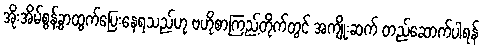
အိုးအိမ်စွန့်ခွာထွက်ပြေးနေရသည်ဟု ဗဟိုစာကြည့်တိုက်တွင် အကျိုးဆက် တည်ဆောက်ပါရန်